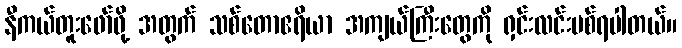
နီကယ်တူးဖော်ဖို့ အတွက် သစ်တောဧရိယာ အကျယ်ကြီးတွေကို ရှင်းလင်းပစ်ရပါတယ်။